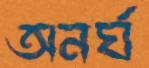
অনর্ঘ